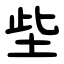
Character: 㘹